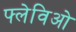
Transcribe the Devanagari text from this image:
फ्लेविओ